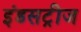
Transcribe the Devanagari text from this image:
इंडसट्रीज